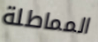
المماطلة